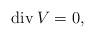
LaTeX: \begin{align*}\operatorname{div} V =0,\end{align*}